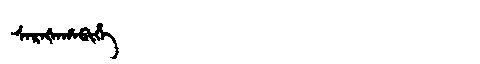
Manchu: ᠰᠠᡵᠠᡧᠠᡥᠠᠪᡳᡥᡝ
Romanization: SARAŠAHABIHE